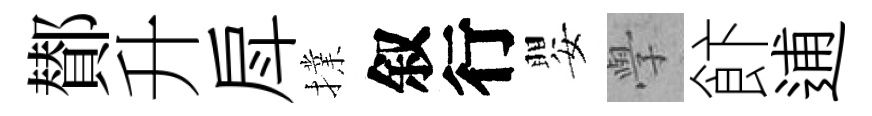
鄼升戽擈叙行嬰𭓕飰逋